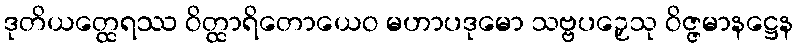
ဒုတိယတ္ထေရဿ ဝိတ္ထာရိတောယေဝ မဟာပဒုမော သဗ္ဗပဉှေသု ဝိဇ္ဇမာနဋ္ဌေန